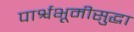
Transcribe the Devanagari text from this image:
पार्श्वभूमीसुद्धा